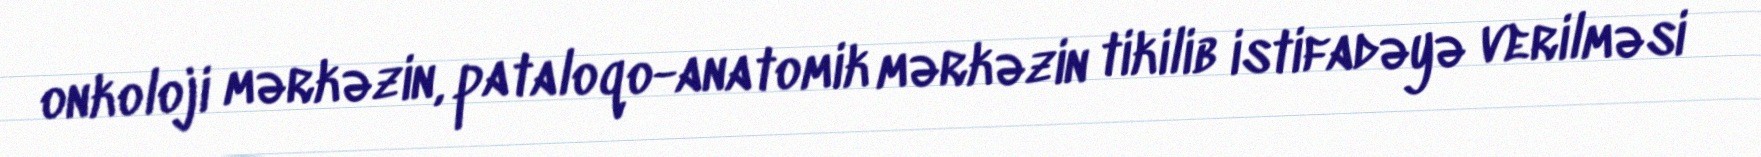
onkoloji mərkəzin, pataloqo-anatomik mərkəzin tikilib istifadəyə verilməsi